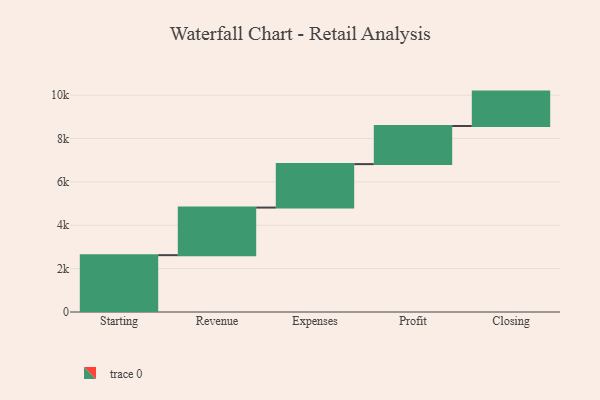
{"axis": {"x": "Step", "y": "Value"}, "legend": [""], "data": [{"x": "Starting", "y": 2621.0, "type": ""}, {"x": "Revenue", "y": 2194.0, "type": ""}, {"x": "Expenses", "y": 2004.0, "type": ""}, {"x": "Profit", "y": 1756.0, "type": ""}, {"x": "Closing", "y": 1587.0, "type": ""}]}